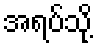
အရပ်သို့